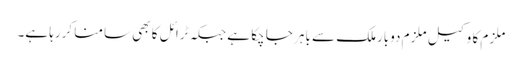
ملزم کا وکیل ملزم دوبارملک سے باہر جا چکا ہے جبکہ ٹرائل کا بھی سامنا کررہا ہے۔